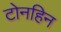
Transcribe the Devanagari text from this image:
टोनहिन